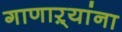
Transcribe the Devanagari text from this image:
गाणाऱ्यांना